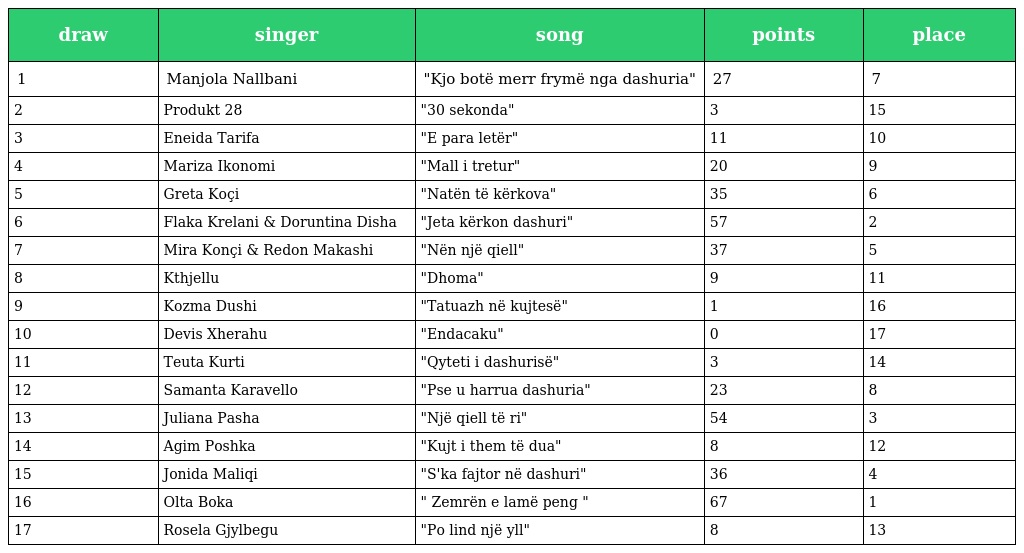
| draw | singer | song | points | place |
 | --- | --- | --- | --- | --- |
 | 1 | Manjola Nallbani | "Kjo botë merr frymë nga dashuria" | 27 | 7 |
 | 2 | Produkt 28 | "30 sekonda" | 3 | 15 |
 | 3 | Eneida Tarifa | "E para letër" | 11 | 10 |
 | 4 | Mariza Ikonomi | "Mall i tretur" | 20 | 9 |
 | 5 | Greta Koçi | "Natën të kërkova" | 35 | 6 |
 | 6 | Flaka Krelani & Doruntina Disha | "Jeta kërkon dashuri" | 57 | 2 |
 | 7 | Mira Konçi & Redon Makashi | "Nën një qiell" | 37 | 5 |
 | 8 | Kthjellu | "Dhoma" | 9 | 11 |
 | 9 | Kozma Dushi | "Tatuazh në kujtesë" | 1 | 16 |
 | 10 | Devis Xherahu | "Endacaku" | 0 | 17 |
 | 11 | Teuta Kurti | "Qyteti i dashurisë" | 3 | 14 |
 | 12 | Samanta Karavello | "Pse u harrua dashuria" | 23 | 8 |
 | 13 | Juliana Pasha | "Një qiell të ri" | 54 | 3 |
 | 14 | Agim Poshka | "Kujt i them të dua" | 8 | 12 |
 | 15 | Jonida Maliqi | "S'ka fajtor në dashuri" | 36 | 4 |
 | 16 | Olta Boka | " Zemrën e lamë peng " | 67 | 1 |
 | 17 | Rosela Gjylbegu | "Po lind një yll" | 8 | 13 |